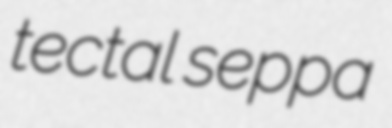
tectal seppa